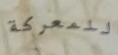
للمعركة